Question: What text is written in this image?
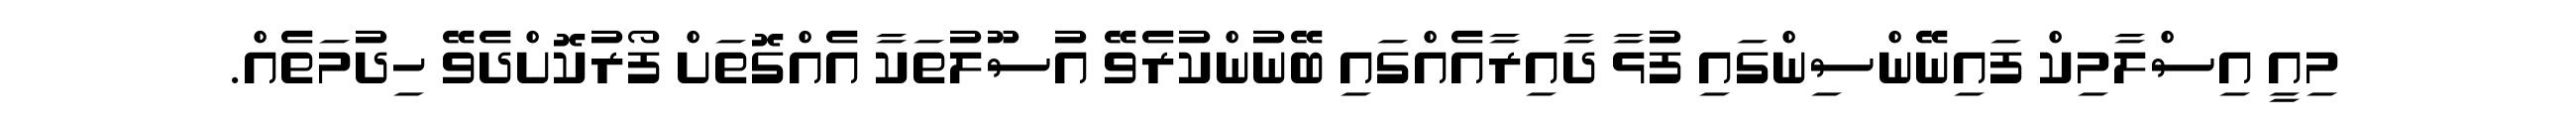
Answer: މިއީ އިސްލާމިކް ފައިނޭންސިންގައި ފުޅާ ދާއިރާއެއްގައި ބޭނުންކުރެވޭ އުސޫލުތަކާ އެއްގޮތަށް ފޯރުކޮށްދެވޭ ހިދުމަތެއް.